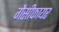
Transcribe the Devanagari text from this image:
गैसीफायर